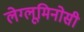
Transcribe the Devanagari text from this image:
लेग्लूमिनोसी